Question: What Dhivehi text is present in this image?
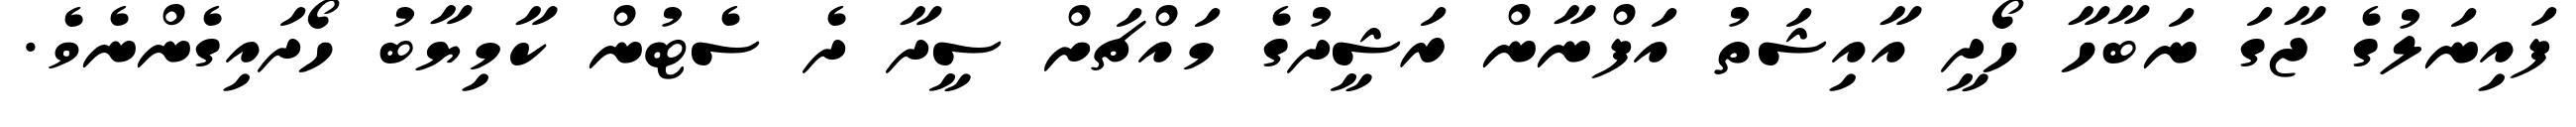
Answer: ފައިނަލުގެ ޖާގަ ނަބާހާ ހޯދީ އާއިޝަތު އަފްނާން ރަޝީދުގެ މައްޗަށް ސީދާ ދެ ސެޓުން ކާމިޔާބު ހޯދައިގެންނެވެ.